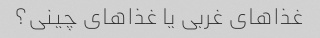
غذاهای غربی یا غذاهای چینی؟